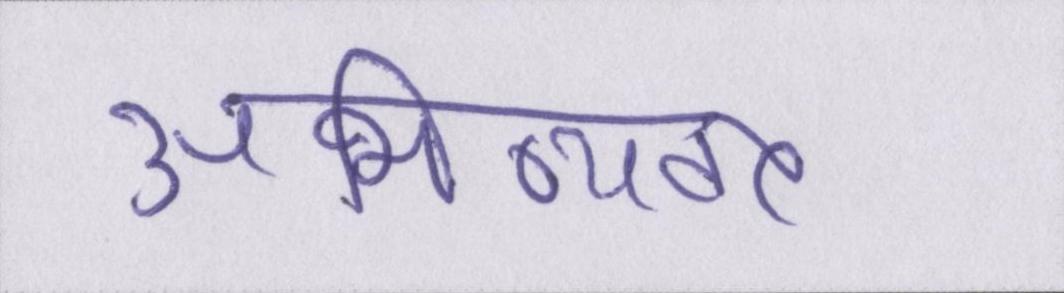
अभिव्यक्त